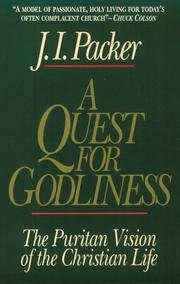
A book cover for A Quest for Godliness: The Puritan vision of the Christian life; J. I Packer; Christian Books & Bibles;